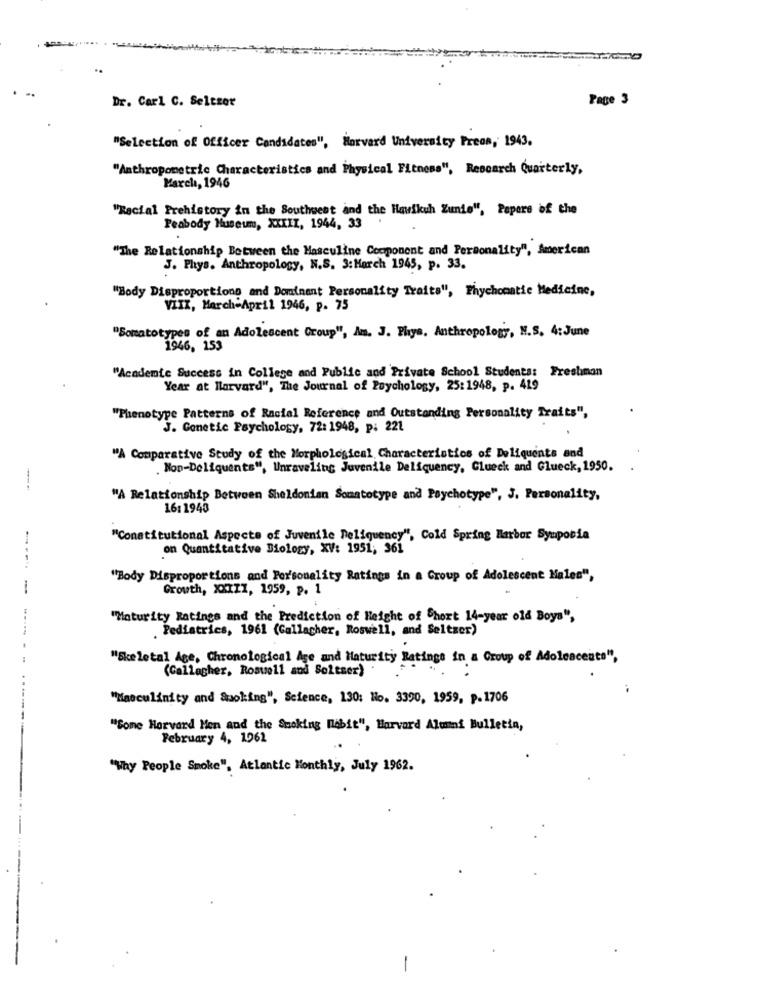
Dr. Carl C. Seltzer
Page 3
"Selection of Officer Candidates", Harvard University Preon, 1943.
"Anthropometric Characteristics and Physical Fitness", Research Quarterly,
March, 1946
"Racial Prehistory in the Southwest and the Hawikuh Zunie", Papers of the
Peabody Museum, XXXII, 1944, 33
"The Relationship Between the Masculine Component and Personality", American
J. Phys. Anthropology, N.S. 3:Harch 1945, p. 33.
"Body Disproportions and Dominant Personality Traits", Phychomatie Medicine,
VIIX, March-April 1946, p. 75
"Somatotypes of an Adolescent Group", Am. J. Phys, Anthropology, N.S. 4:June
1946, 153
"Academic Success in College and Public and Private School Students: Freshman
Year at Harvard", The Journal of Psychology, 25: 1948, p. 419
"Phenotype Patterns of Racial Reference and Outstanding Personality Traits",
J. Genetic Psychology, 72: 1948, p: 221
"A Comparative Study of the Morpholosical Characteristics of Deliquents and
Non-Deliquents", Unraveling Juvenile Deliquency, Glueck and Glueck, 1950.
---
"A Relationship Between Sheldonian Somatotype and Psychotype", J. Personality,
16: 1943
"Constitutional Aspects of Juvenile Deliquency", Cold Spring Harbor Symposia
on Quantitative Biology, XV: 1951; 361
"Body Disproportions and Personality Ratings in a Group of Adolescent Males",
1
Growth, XXIII, 1959, p. 1
"Maturity Ratings and the Prediction of Height of Short 14-year old Boys",
Pediatrics, 1961 (Gallagher, Roswell, and Seltzer)
"Skeletal Age, Chronological Age and Maturity Ratings in a Group of Adolescents",
(Gallagher, Roswell and Soleser)
"Masculinity and Quoking", Science, 130: No. 3390, 1959, p.1706
"Some Horvard Men and the Smoking Mebit", Harvard Alumni Bulletin,
February 4, 1962
"Why People Smoke". Atlantic Monthly, July 1962.